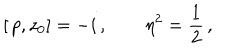
\left[ \, p , z _ { 0 } \right] = - i \, , \qquad \eta ^ { 2 } = \frac 1 2 \, ,